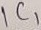
Text: IC1